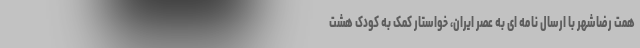
همت رضاشهر با ارسال نامه ای به عصر ایران، خواستار کمک به کودک هشت